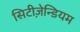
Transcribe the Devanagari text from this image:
सिटीज़ेन्डियम